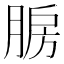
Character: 𰮯